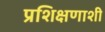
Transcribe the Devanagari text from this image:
प्रशिक्षणाशी